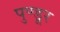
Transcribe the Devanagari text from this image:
पुण्डूर